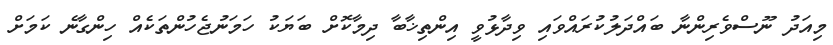
މިއަދު ނޫސްވެރިންނާ ބައްދަލުކުރައްވައި ވިދާޅުވީ އިންތިޚާބާ ދިމާކޮށް ބަޔަކު ހަމަނުޖެހުންތަކެއް ހިންގާނެ ކަމަށް